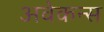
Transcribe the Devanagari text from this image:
अवेकन्स